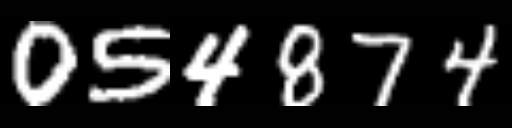
Text: 054874